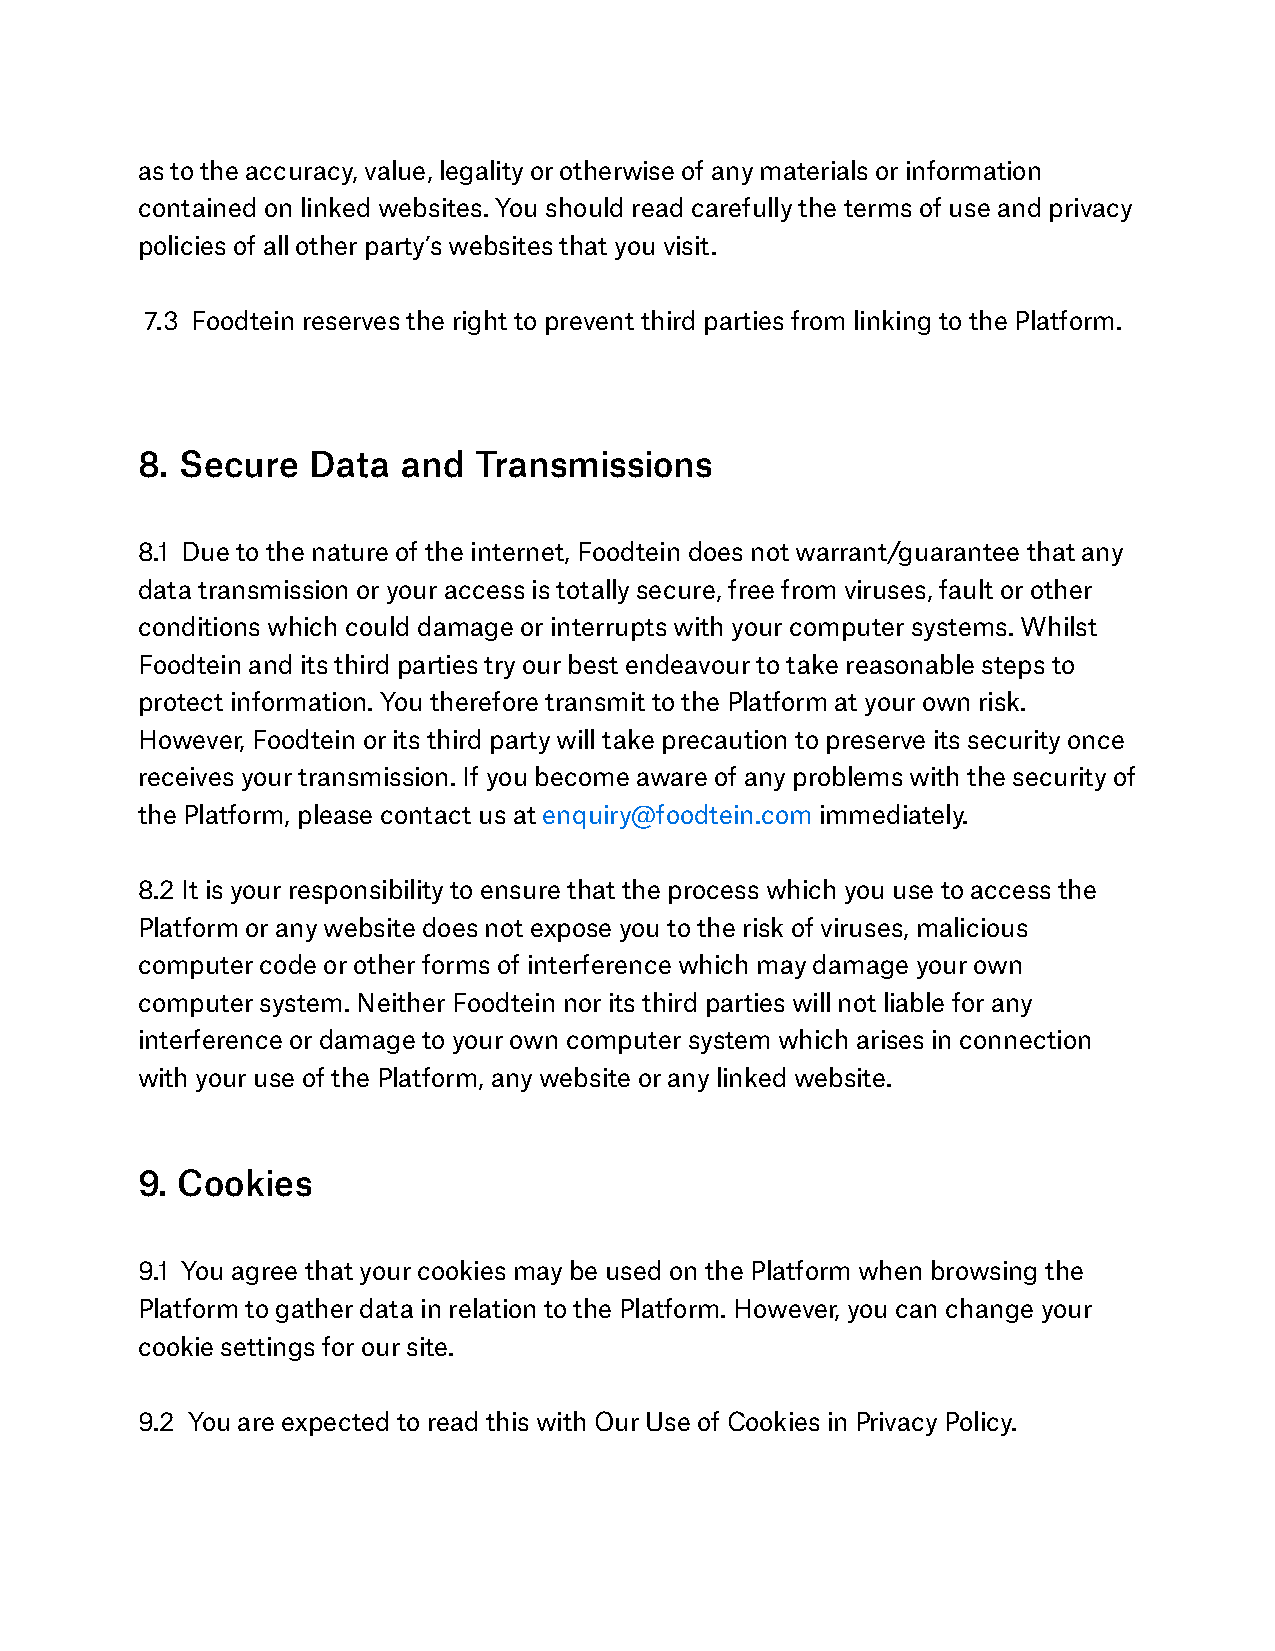
as to the accuracy, value, legality or otherwise of any materials or information
 contained on linked websites. You should read carefully the terms of use and privacy
 policies of all other party’s websites that you visit.
 7.3 Foodtein reserves the right to prevent third parties from linking to the Platform.
 8. Secure  Data   and Transmissions
 8.1 Due to the nature of the internet, Foodtein does not warrant/guarantee that any
 data transmission or your access is totally secure, free from viruses, fault or other
 conditions which could damage or interrupts with your computer systems. Whilst
 Foodtein and its third parties try our best endeavour to take reasonable steps to
 protect information. You therefore transmit to the Platform at your own risk.
 However, Foodtein or its third party will take precaution to preserve its security once
 receives your transmission. If you become aware of any problems with the security of
 the Platform, please contact us at enquiry@foodtein.com immediately.
 8.2 It is your responsibility to ensure that the process which you use to access the
 Platform or any website does not expose you to the risk of viruses, malicious
 computer code or other forms of interference which may damage your own
 computer system. Neither Foodtein nor its third parties will not liable for any
 interference or damage to your own computer system which arises in connection
 with your use of the Platform, any website or any linked website.
 9. Cookies
 9.1 You agree that your cookies may be used on the Platform when browsing the
 Platform to gather data in relation to the Platform. However, you can change your
 cookie settings for our site.
 9.2 You are expected to read this with Our Use of Cookies in Privacy Policy.